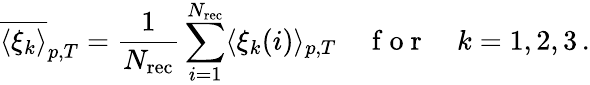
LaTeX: \overline{{\langle\xi_{k}\rangle}}_{p,T}=\frac{1}{N_{\mathrm{rec}}}\sum_{i=1}^{N_{\mathrm{rec}}}\langle\xi_{k}(i)\rangle_{p,T}\quad\mathrm{~f~o~r~}\quad k=1,2,3\, .